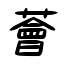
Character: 薈